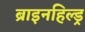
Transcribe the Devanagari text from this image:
ब्राइनहिल्ड्र